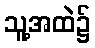
သူ့အထဲ၌